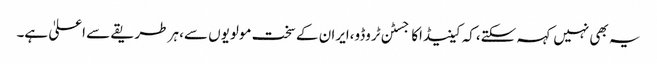
یہ بھی نہیں کہہ سکتے،کہ کینیڈاکاجسٹن ٹروڈو،ایران کے سخت مولویوں سے، ہر طریقے سے اعلیٰ ہے۔